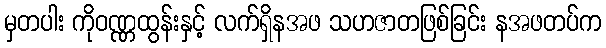
မှတပါး ကိုဝဏ္ဏထွန်းနှင့် လက်ရှိနအဖ သဟဇာတဖြစ်ခြင်း နအဖတပ်က